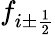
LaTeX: f_{i\pm{\frac{1}{2}}}